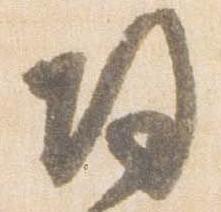
帰